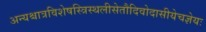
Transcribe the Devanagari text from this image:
अन्यश्चात्रविशेषस्त्रिस्थलीसेतौदिवोदासीयेचज्ञेयः